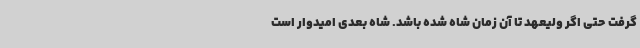
گرفت حتی اگر ولیعهد تا آن زمان شاه شده باشد. شاه بعدی امیدوار است